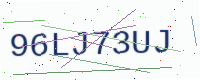
Text: 96LJ73UJ